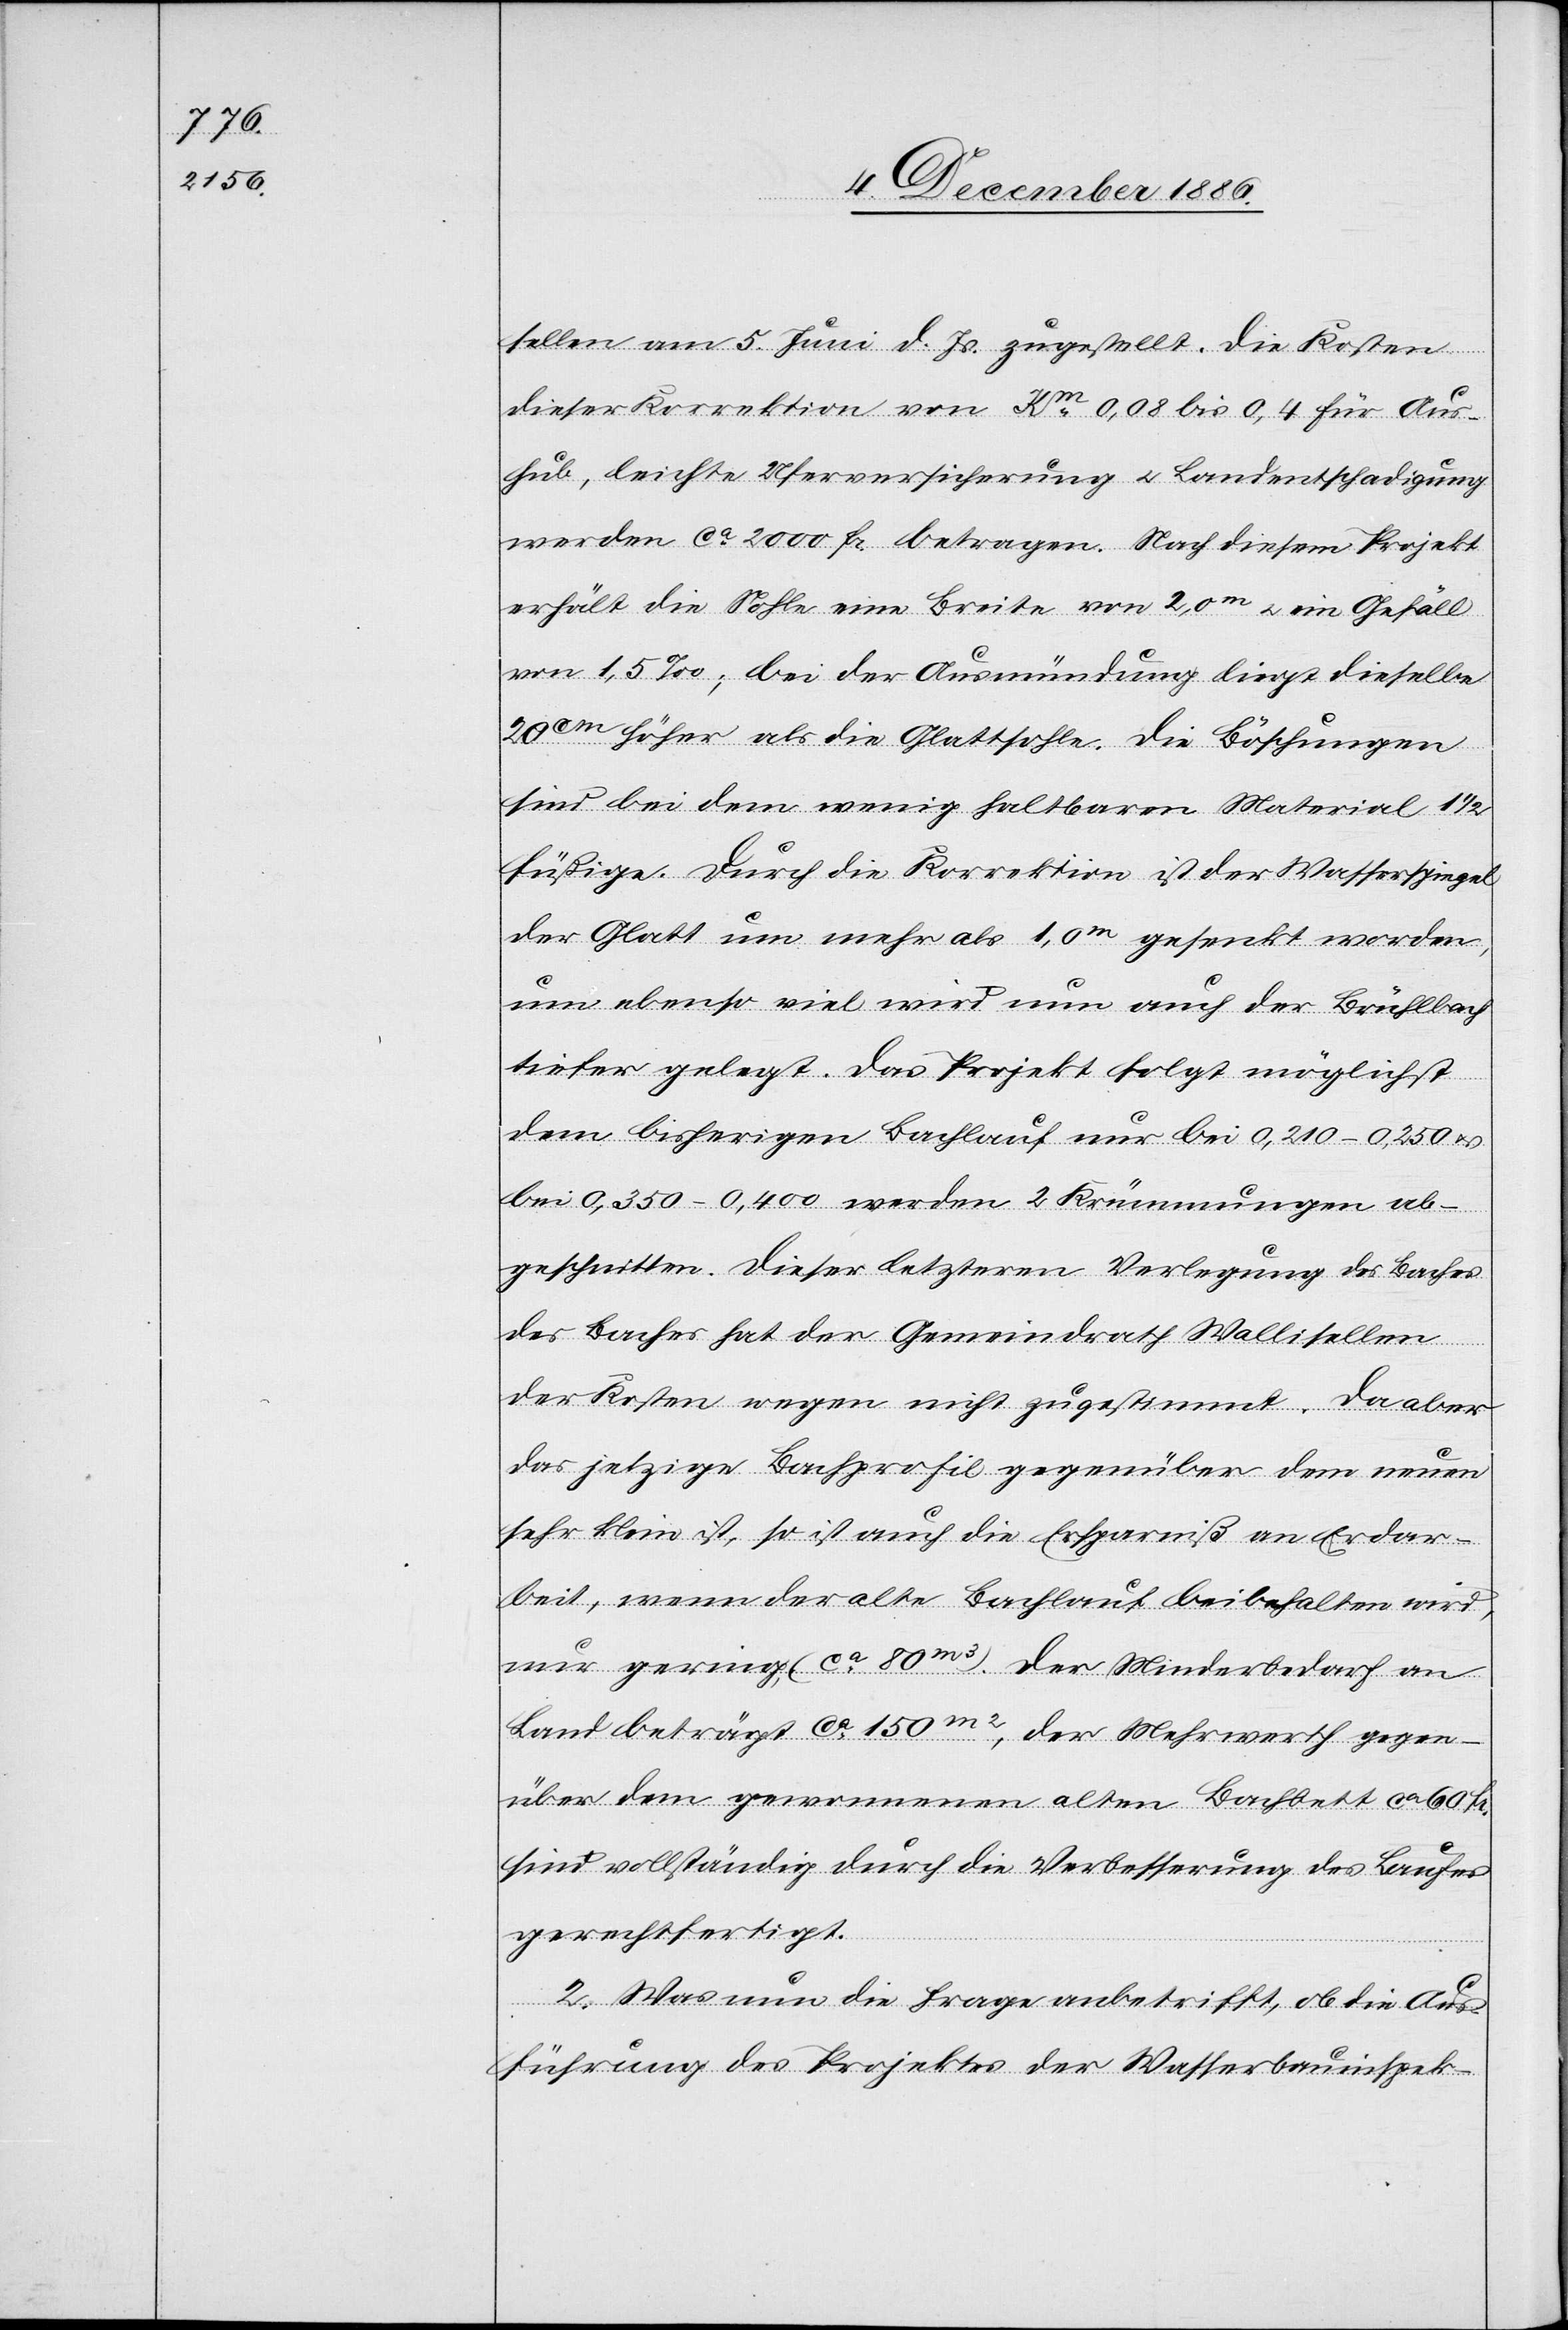
sellen am 5. Juni d. Js. zugestellt. Die Kosten
dieser Korrektion von Km 0,08 bis 0,4 für Aus¬
hub, leichte Uferversicherung & Landentschadigung
werden ca 2000 Fr. betragen. Nach diesem Projekt
erhält die Sohle eine Breite von 2,0m & ein Gefäll
von 1,5‰; bei der Ausmündung liegt dieselbe
20cm höher als die Glattsohle. Die Böschungen
sind bei dem wenig haltbaren Material 1
1/2füßige. Durch die Korrektion ist der Wasserspiegel
der Glatt um mehr als 1,0m gesenkt worden,
um ebenso viel wird nun auch der Brühlbach
tiefer gelegt. Das Projekt folgt möglichst
dem bisherigen Bachlauf nur bei 0,210–0,250 &
bei 0,350–0,400 werden 2 Krümmungen ab¬
geschnitten. Dieser letzteren Verlegung des Baches
des Baches [sic!] hat der Gemeindrath Wallisellen
der Kosten wegen nicht zugestimmt. Da aber
das jetzige Bachprofil gegenüber dem neuen
sehr klein ist, so ist auch die Ersparniß an Erdar¬
beit, wenn der alte Bachlauf beibehalten wird,
nur gering (ca 80m3). Der Minderbedarf an
Land beträgt ca 150m2, der Mehrwerth gegen¬
über dem gewonnenen alten Bachbett ca 60 Fr.
sind vollständig durch die Verbesserung des Laufes
gerechtfertigt.
2. Was nun die Frage anbetrifft, ob die Aus¬
führung des Projektes der Wasserbauinspek-